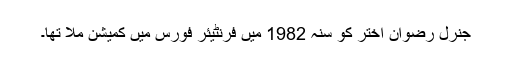
جنرل رضوان اختر کو سنہ 1982 میں فرنٹیئر فورس میں کمیشن ملا تھا۔